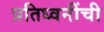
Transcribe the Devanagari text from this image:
प्रतिध्वनींची